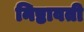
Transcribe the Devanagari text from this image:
निष्ठावती